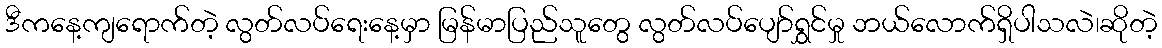
ဒီကနေ့ကျရောက်တဲ့ လွတ်လပ်ရေးနေ့မှာ မြန်မာပြည်သူတွေ လွတ်လပ်ပျော်ရွှင်မှု ဘယ်လောက်ရှိပါသလဲ၊ဆိုတဲ့